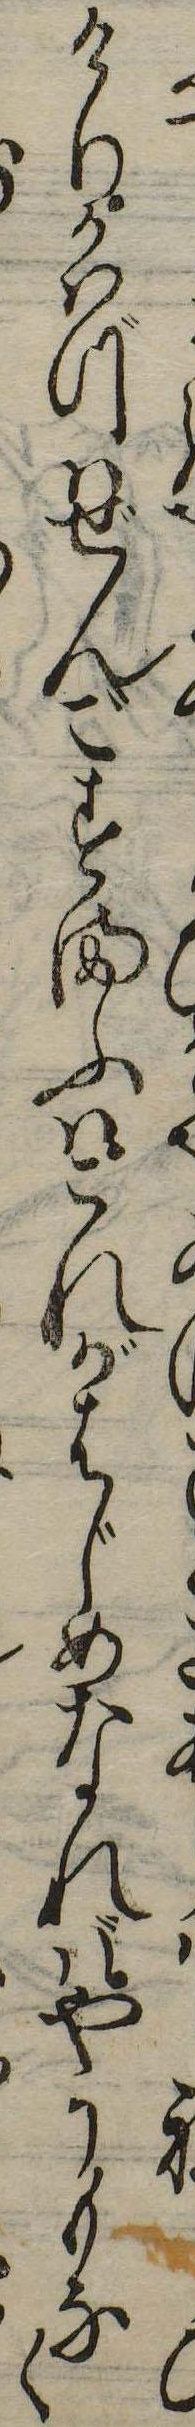
けりかはづはぜんごすまふはこれがはじめなればやうもなく